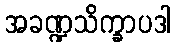
အခဏ္ဍသိက္ခာပဒါ